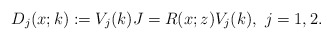
\begin{align*}D_j(x;k):=V_j(k)J =R(x;z)V_j(k), \ j=1,2.\end{align*}